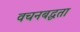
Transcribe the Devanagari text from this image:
वचनबद्घता